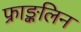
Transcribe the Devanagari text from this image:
फ्राङ्कलिन